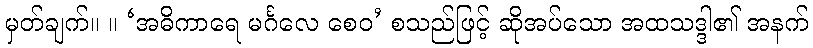
မှတ်ချက်။ ။ ‘အဓိကာရေ မင်္ဂလေ စေဝ’ စသည်ဖြင့် ဆိုအပ်သော အထသဒ္ဒါ၏ အနက်